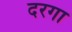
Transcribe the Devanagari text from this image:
दरगा